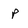
Character: p